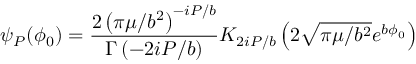
\psi _ { P } ( \phi _ { 0 } ) = \frac { 2 \left( \pi \mu / b ^ { 2 } \right) ^ { - i P / b } } { \Gamma \left( - 2 i P / b \right) } K _ { 2 i P / b } \left( 2 \sqrt { \pi \mu / b ^ { 2 } } e ^ { b \phi _ { 0 } } \right)